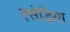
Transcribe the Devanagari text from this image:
एसेडिया